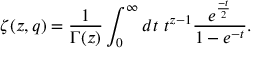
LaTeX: \zeta ( z , q ) = \frac { 1 } { \Gamma ( z ) } \int _ { 0 } ^ { \infty } d t ~ t ^ { z - 1 } \frac { e ^ { \frac { - t } { 2 } } } { 1 - e ^ { - t } } .